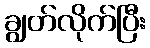
ချွတ်လိုက်ပြီး